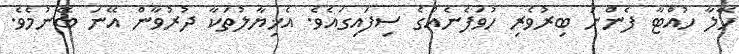
ހޭލާ ހުއްޓާ ފެންނަ ބިރުވެރި ހުވަފެނެއްގެ ސިފައިގައެވެ. އެޚިޔާލުތަކާ ދުރުވާން އޭނަ ބޭނުމެވެ.